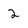
Character: 2